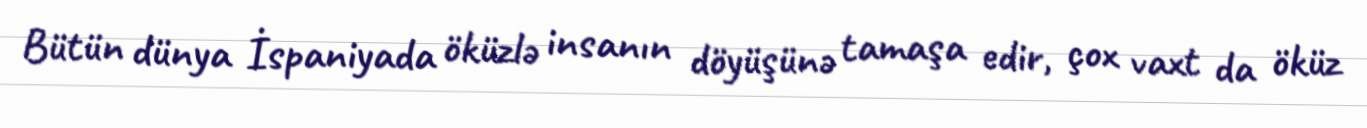
Bütün dünya İspaniyada öküzlə insanın döyüşünə tamaşa edir, çox vaxt da öküz